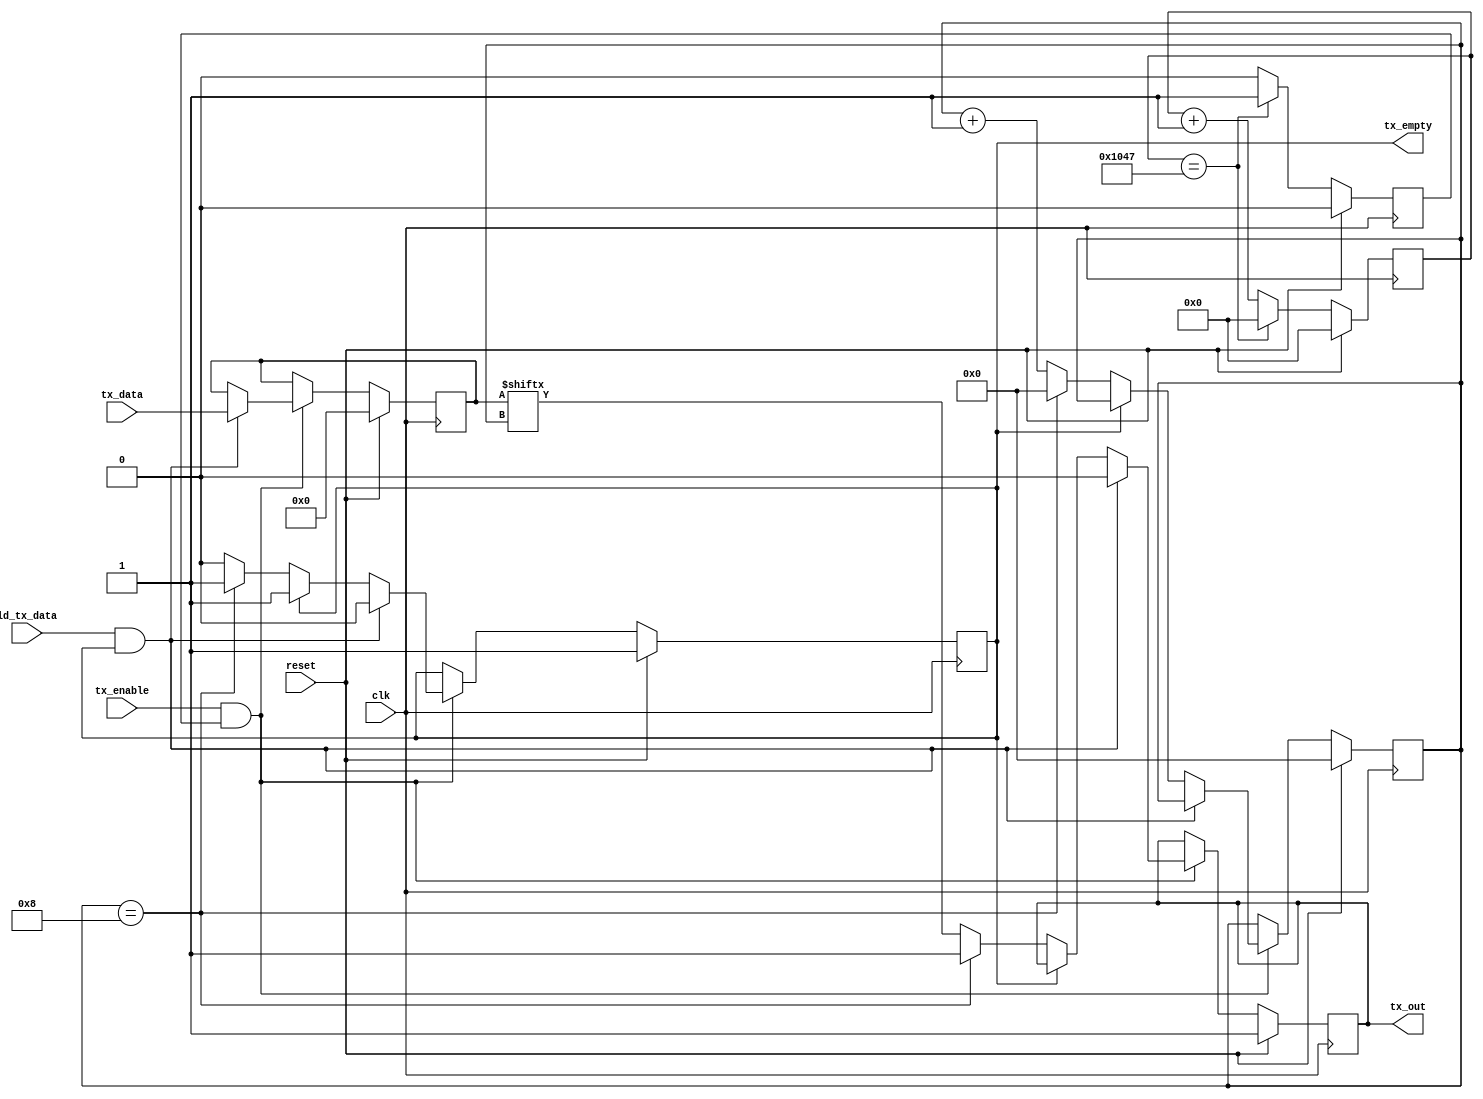
`timescale 1ns / 1ps


// UART wants the LSB first

// RX modified to accept 40 MHz clock and receive at 115200 bps
// Note 40e6 / 115200 = 347.2222 and 347.2 / 2 = 173.6  ~= 174 cycles

// For 460800
// 40e6 / 460800 = 86.8 and 86.8 / 2 =~= 43

// For 230400
// 40e6 / 230400 = 173.6 and 173.6/2 = 86.8

// Modified for 460800 baud rate

module uart2_tx #(parameter WIDTH = 8, parameter real BAUD = 9600) (
	input reset,
	input clk,
	//input [1:0] baud_rate,
	input ld_tx_data,
	input [WIDTH-1:0] tx_data,
	input tx_enable,
	(* IOB = "TRUE" *) output reg tx_out = 1'b1,
	output reg tx_empty = 1'b1
);

//parameter ML505 = 0; //default to 0 if not specified

`ifdef ML505 localparam real CLK_FREQ = 100e6;
`else localparam real CLK_FREQ = 40e6;
`endif

localparam BAUD_CNT_SIZE = bits_to_fit(CLK_FREQ/BAUD);
localparam BIT_CNT_SIZE = bits_to_fit(WIDTH+2);
localparam [BAUD_CNT_SIZE-1:0] FRAME_WIDTH = CLK_FREQ/BAUD;

// Internal registers
reg [WIDTH-1:0] tx_reg = {WIDTH{1'b0}};
reg [BIT_CNT_SIZE-1:0] tx_cnt = {BIT_CNT_SIZE{1'b0}};
reg [BAUD_CNT_SIZE-1:0] baud_cnt = {BAUD_CNT_SIZE{1'b0}};
reg baud_clk = 1'b0;

// UART TX Logic
always @ (posedge clk) begin
	if (reset) begin
		baud_clk 		<= 1'b0;
		baud_cnt 		<= {BAUD_CNT_SIZE{1'b0}};
		tx_reg       	<= {WIDTH{1'b0}};
		tx_empty      	<= 1'b1;
		tx_out        	<= 1'b1;
		tx_cnt        	<= {BIT_CNT_SIZE{1'b0}};
	end else begin // if (reset)
		if (baud_cnt == FRAME_WIDTH) begin
			baud_clk <= 1'b1;
			baud_cnt <= {BAUD_CNT_SIZE{1'b0}};
		end else begin
			baud_clk <= 1'b0;
			baud_cnt <= baud_cnt + 1'b1;
		end 
		
	
		if (tx_enable && baud_clk) begin
			if (ld_tx_data && tx_empty) begin
				tx_reg   <= tx_data;
				tx_empty <= 1'b0;
				tx_out <= 1'b0; //Send start bit immediately
				tx_cnt <= tx_cnt;
			end else if (!tx_empty) begin
				tx_reg <= tx_reg;
				if (tx_cnt == 4'd8) begin
					tx_cnt <= 4'd0;
					tx_out <= 1'b1;
					tx_empty <= 1'b1;
				end else begin
					tx_cnt <= tx_cnt + 1;
					tx_out <= tx_reg[tx_cnt];
					tx_empty <= tx_empty;
				end
			end else begin
				tx_reg <= tx_reg;
				tx_cnt <= tx_cnt;
				tx_out <= tx_out;
				tx_empty <= tx_empty;
			end
		end else begin
			tx_reg <= tx_reg;
			tx_cnt <= tx_cnt;
			tx_out <= tx_out;
			tx_empty <= tx_empty;
		end //if (~(tx_enable && baud_clk))
	end //if (~reset)
end //always

function integer bits_to_fit;
  input [31:0] value;
  for (bits_to_fit=0; value>0; bits_to_fit=bits_to_fit+1)
    value = value >> 1;
endfunction

endmodule